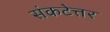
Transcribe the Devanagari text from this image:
संकटेत्तर